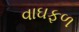
વાઘફળ